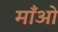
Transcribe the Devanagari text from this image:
माँओ